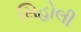
સિહોલી